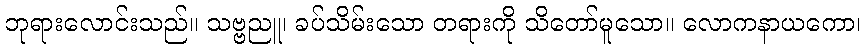
ဘုရားလောင်းသည်။ သဗ္ဗညူ၊ ခပ်သိမ်းသော တရားကို သိတော်မူသော။ လောကနာယကော၊